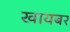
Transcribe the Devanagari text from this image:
खायबर